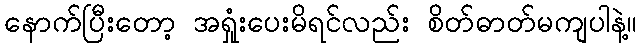
နောက်ပြီးတော့ အရှုံးပေးမိရင်လည်း စိတ်ဓာတ်မကျပါနဲ့။